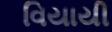
વિયાયી